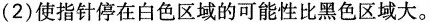
(2) 使指针停在白色区域的可能性比黑色区域大。